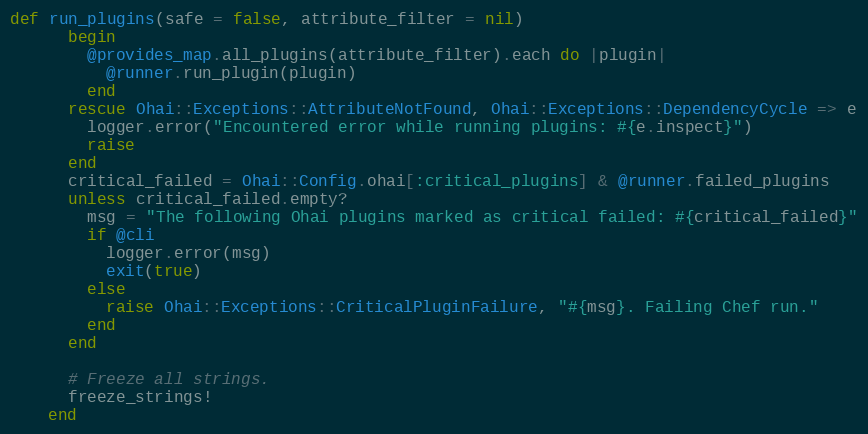
Language: Ruby
def run_plugins(safe = false, attribute_filter = nil)
      begin
        @provides_map.all_plugins(attribute_filter).each do |plugin|
          @runner.run_plugin(plugin)
        end
      rescue Ohai::Exceptions::AttributeNotFound, Ohai::Exceptions::DependencyCycle => e
        logger.error("Encountered error while running plugins: #{e.inspect}")
        raise
      end
      critical_failed = Ohai::Config.ohai[:critical_plugins] & @runner.failed_plugins
      unless critical_failed.empty?
        msg = "The following Ohai plugins marked as critical failed: #{critical_failed}"
        if @cli
          logger.error(msg)
          exit(true)
        else
          raise Ohai::Exceptions::CriticalPluginFailure, "#{msg}. Failing Chef run."
        end
      end

      # Freeze all strings.
      freeze_strings!
    end